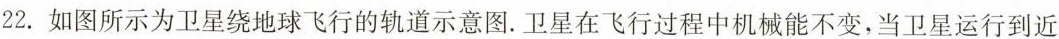
22.如图所示为卫星绕地球飞行的轨道示意图。卫星在飞行过程中机械能不变，当卫星运行到近